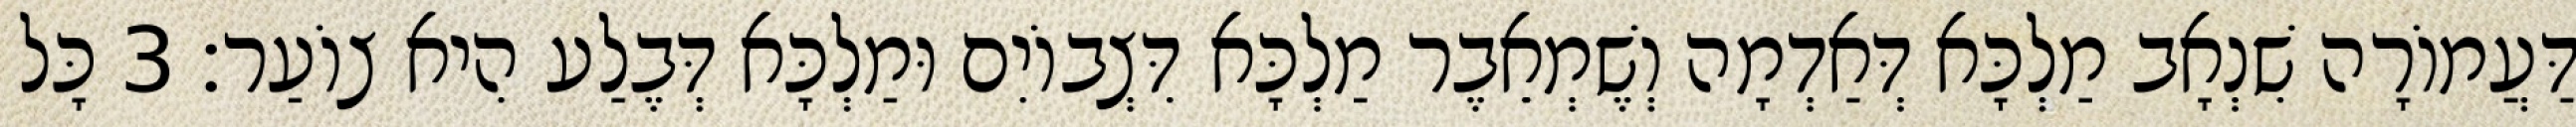
דַּעֲמוֹרָה שִׁנְאָב מַלְכָּא דְּאַדְמָה וְשֶׁמְאֵבֶר מַלְכָּא דִּצְבוֹיִם וּמַלְכָּא דְּבֶלַע הִיא צוֹעַר׃ 3 כָּל